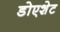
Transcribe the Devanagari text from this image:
डोएशेट